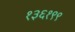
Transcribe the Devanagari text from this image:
१३६१९९